Annual report on the working of the mental hospitals in the Madras Presidency - 1912-1932
Year: 1912
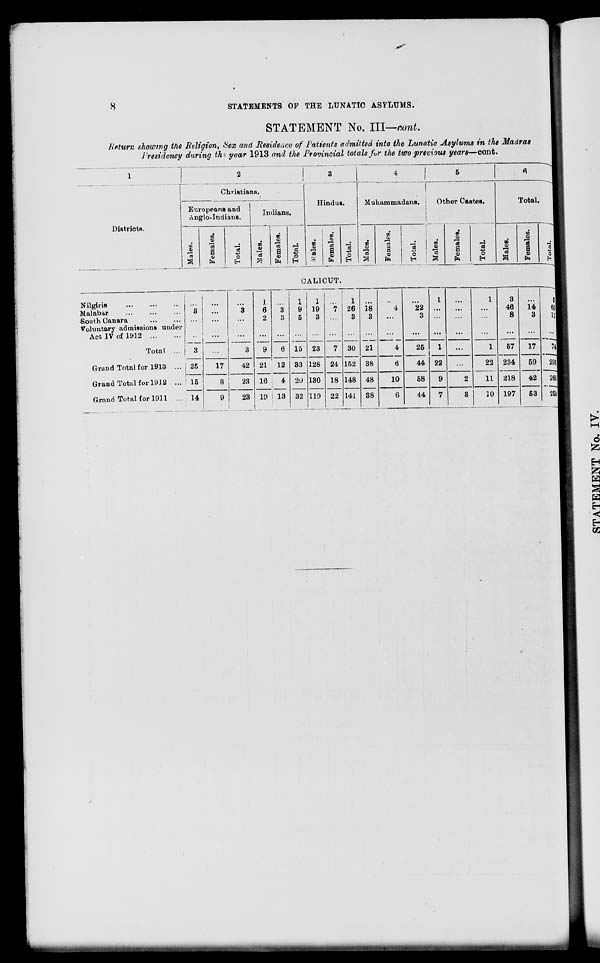
STATEMENTS OF THE LUNATIC ASYLUMS.
STATEMENT No. Ill—nont.
Rfiturn showing the Bvligion, Sex and Residence of Patients admitted into the Lunatio Asylums in the Madras
j 'residency during thi year 1913 and the Provincial totals for the two previous years—cont.
Districts.
I
Christians.
Europeans and
Anglo-Indians.
»
a
00
2, H
a
o
Indians.
on
V
"3
a
ft
o
H
Hindus.
CO
i
I
Es.
03
o
EH
4
Muhammadans. I Other Castes.
w
o
CO
ID
"a
a
o
H
a
to
«
1—<
a
ca
o
H
00
a
Total.
10
jo
"3
a
0
r-
0AL1CUT.
Nilgiris
Malabar
South Canara
Voluntary admissions under
Act IV of 1912
Total ...
Grand Total for 1913 ...
Grand Total for 19J2 ...
Grand Total for 1911 ...
...
3
...
...
3
1
6
2
3
3
1
9
5
1
19
3 "i
1
26
3
18
3
4
22
3
I
1
3
46
8
14
3
8
11
3
25
15
3
9
21
16
6
12
15
33
23
7 30
152
21
4
...
1
22
9
...
...
17
59
42
"5
293
25
...
1
57
17
42
128
130
119
24
18
22
38
6
44
22 234
218
197
3
23
4 20
32
148
141
48
38
10
58
2
11
26C
14
9
23 19 13
6
44
7
3
10
53
260
I
•
____________________________ ___